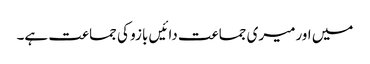
میں اورمیری جماعت دائیں بازو کی جماعت ہے۔